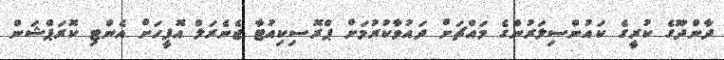
ދާންދޫގެ ކުރީގެ ކައުންސިލަރުންގެ މައްޗަށް ދައުވާކުރުމަށް ޕްރޮސިކިއުޓާ ޖެނެރަލް އޮފީހަށް އެންޓި ކޮރަޕްޝަން